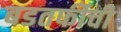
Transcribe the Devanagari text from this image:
बडतर्फीची